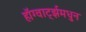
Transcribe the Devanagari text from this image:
हॉग्वार्ट्झमधुन